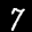
Label: 7